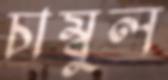
চাম্বুল